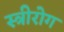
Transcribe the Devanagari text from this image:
स्‍त्रीरोग